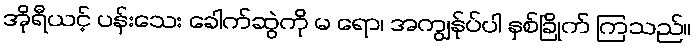
အိုရီယင့် ပန်းသေး ခေါက်ဆွဲကို မ ရော၊ အကျွန်ုပ်ပါ နှစ်ခြိုက် ကြသည်။